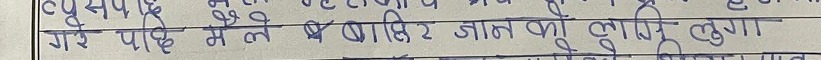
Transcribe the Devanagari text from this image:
गई पीछे में ले बाहिर जात को लौंगि लुगा